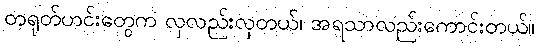
တရုတ်ဟင်းတွေက လှလည်းလှတယ်၊ အရသာလည်းကောင်းတယ်။